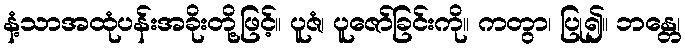
နံ့သာအထုံပန်းအခိုးတို့ဖြင့်။ ပူဇံ၊ ပူဇော်ခြင်းကို။ ကတွာ၊ ပြု၍။ ဘန္တေ၊